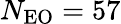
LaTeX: N_{\mathrm{EO}}=57